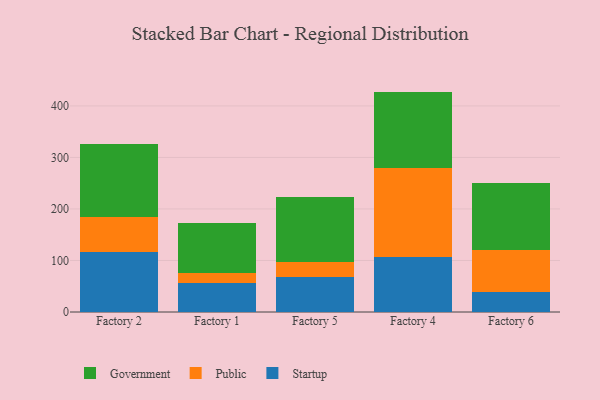
{"axis": {"x": "Factory", "y": "Operating Costs (USD K)"}, "legend": ["Government", "Public", "Startup"], "data": [{"x": "Factory 2", "y": 116.5, "type": "Startup"}, {"x": "Factory 2", "y": 68.1, "type": "Public"}, {"x": "Factory 2", "y": 140.7, "type": "Government"}, {"x": "Factory 1", "y": 56.7, "type": "Startup"}, {"x": "Factory 1", "y": 19.9, "type": "Public"}, {"x": "Factory 1", "y": 96.2, "type": "Government"}, {"x": "Factory 5", "y": 67.9, "type": "Startup"}, {"x": "Factory 5", "y": 28.6, "type": "Public"}, {"x": "Factory 5", "y": 127.1, "type": "Government"}, {"x": "Factory 4", "y": 107.2, "type": "Startup"}, {"x": "Factory 4", "y": 172.5, "type": "Public"}, {"x": "Factory 4", "y": 148.1, "type": "Government"}, {"x": "Factory 6", "y": 38.9, "type": "Startup"}, {"x": "Factory 6", "y": 80.9, "type": "Public"}, {"x": "Factory 6", "y": 130.6, "type": "Government"}]}